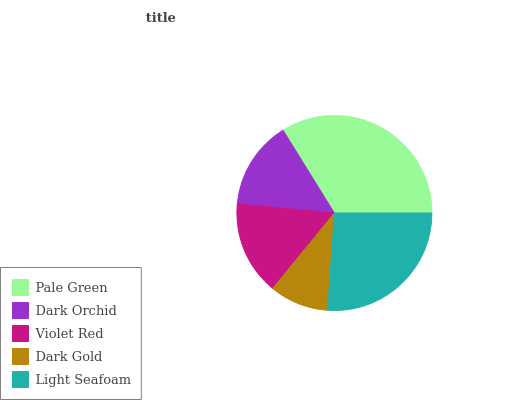
| Pale Green | Dark Orchid | Violet Red | Dark Gold | Light Seafoam |
 | --- | --- | --- | --- | --- |
 | 33.9% | 14.6% | 15.6% | 9.8% | 26.1% |